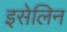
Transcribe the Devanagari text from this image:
इसेलिन